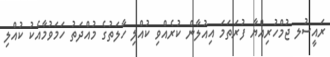
ރައީސުލ ޖުމްހުރިއްޔާ ފުރަތަމަ އިއުލާން ކުރެއްވި ކުއްލި ހާލަތުގެ މުއްދަތު ހަމަވުމާއެކު ކުއްލި